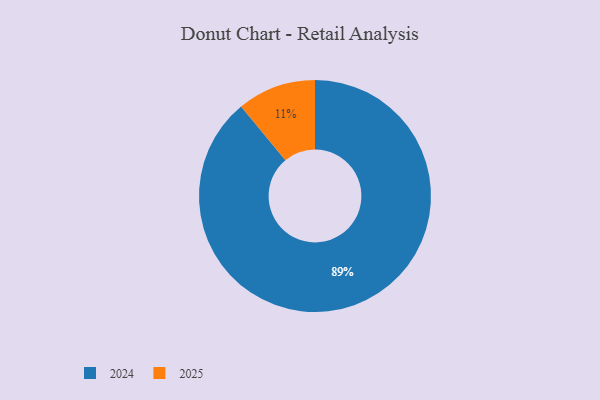
{"axis": {"x": "Category", "y": "Percentage"}, "legend": ["2024", "2025"], "data": [{"x": "2025", "y": 11, "type": "2025"}, {"x": "2024", "y": 89, "type": "2024"}]}